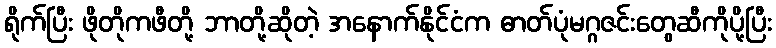
ရိုက်ပြီး ဖိုတိုကဖီတို့ ဘာတို့ဆိုတဲ့ အနောက်နိုင်ငံက ဓာတ်ပုံမဂ္ဂဇင်းတွေဆီကိုပို့ပြီး